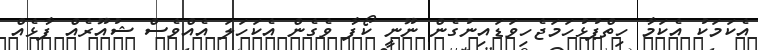
އެކަމަކު އެކަމާ ހިތްޕުޅުހަމަޖެހިވަޑައިނުގެން ނޫނީ ކޯފާ ވެގެން އެކަހަލަ އެއްވެސް ޝުއޫރެއް ފާޅެއް